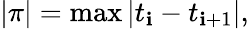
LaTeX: |\pi|=\operatorname*{max}\left|t_{\mathbf{i}}-t_{\mathbf{i}+1}\right|,